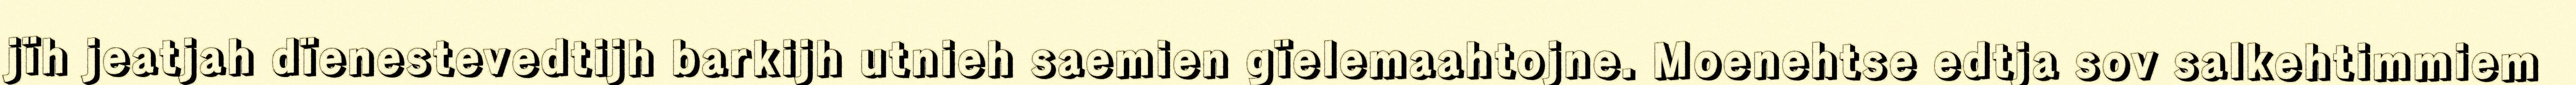
jïh jeatjah dïenestevedtijh barkijh utnieh saemien gïelemaahtojne. Moenehtse edtja sov salkehtimmiem